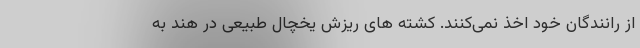
از رانندگان خود اخذ نمی‌کنند. کشته های ریزش یخچال طبیعی در هند به